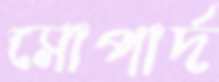
সোপার্দ